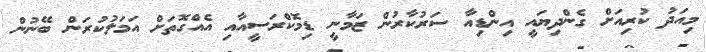
މިއަދު ކުރިއަށް ގެންދިޔައީ އިންޑިއާ ސަރުކާރުން ޒަމާނީ ޑިމޮކްރަސީއާއި އެއްގޮތަށް އަމަލުކުރަން ބޭނުން